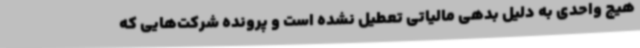
هیچ واحدی به دلیل بدهی مالیاتی تعطیل نشده است و پرونده شرکت‌هایی که